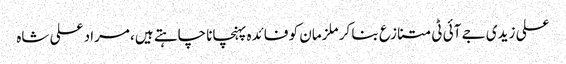
علی زیدی جے آئی ٹی متنازع بنا کر ملزمان کو فائدہ پہنچانا چاہتے ہیں، مراد علی شاہ